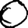
Digit: 0